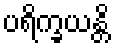
ပရိက္ခယန္တိ